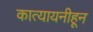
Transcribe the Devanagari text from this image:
कात्यायनीहून